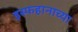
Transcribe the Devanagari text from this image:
इस्फहानाच्या